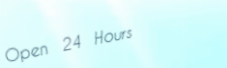
Open 24 Hours